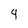
Character: q